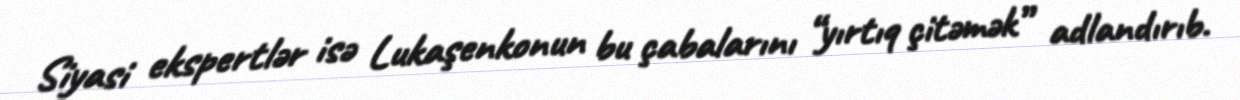
Siyasi ekspertlər isə Lukaşenkonun bu çabalarını “yırtıq çitəmək” adlandırıb.